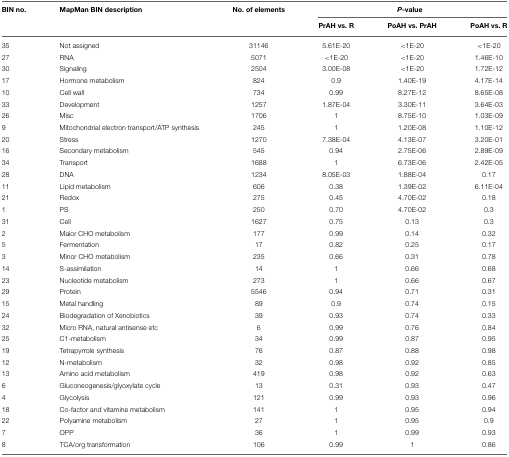
<table><thead><tr><td><b>BIN no.</b></td><td><b>MapMan BIN description</b></td><td><b>No. of elements</b></td><td colspan="3"><b><i>P</i>-value</b></td></tr><tr><td></td><td></td><td></td><td><b>PrAH vs. R</b></td><td><b>PoAH vs. PrAH</b></td><td><b>PoAH vs. R</b></td></tr></thead><tbody><tr><td>35</td><td>Not assigned</td><td>31146</td><td>5.61E-20</td><td>&lt; 1E-20</td><td>&lt; 1E-20</td></tr><tr><td>27</td><td>RNA</td><td>5071</td><td>&lt; 1E-20</td><td>&lt; 1E-20</td><td>1.46E-10</td></tr><tr><td>30</td><td>Signaling</td><td>2504</td><td>3.00E-08</td><td>&lt; 1E-20</td><td>1.72E-12</td></tr><tr><td>17</td><td>Hormone metabolism</td><td>824</td><td>0.9</td><td>1.40E-19</td><td>4.17E-14</td></tr><tr><td>10</td><td>Cell wall</td><td>734</td><td>0.99</td><td>8.27E-12</td><td>8.65E-08</td></tr><tr><td>33</td><td>Development</td><td>1257</td><td>1.87E-04</td><td>3.30E-11</td><td>3.64E-03</td></tr><tr><td>26</td><td>Misc</td><td>1706</td><td>1</td><td>8.75E-10</td><td>1.03E-09</td></tr><tr><td>9</td><td>Mitochondrial electron transport/ATP synthesis</td><td>245</td><td>1</td><td>1.20E-08</td><td>1.10E-12</td></tr><tr><td>20</td><td>Stress</td><td>1270</td><td>7.38E-04</td><td>4.13E-07</td><td>3.20E-01</td></tr><tr><td>16</td><td>Secondary metabolism</td><td>545</td><td>0.94</td><td>2.75E-06</td><td>2.89E-09</td></tr><tr><td>34</td><td>Transport</td><td>1688</td><td>1</td><td>6.73E-06</td><td>2.42E-05</td></tr><tr><td>28</td><td>DNA</td><td>1234</td><td>8.05E-03</td><td>1.88E-04</td><td>0.17</td></tr><tr><td>11</td><td>Lipid metabolism</td><td>606</td><td>0.38</td><td>1.39E-02</td><td>6.11E-04</td></tr><tr><td>21</td><td>Redox</td><td>275</td><td>0.45</td><td>4.70E-02</td><td>0.18</td></tr><tr><td>1</td><td>PS</td><td>250</td><td>0.70</td><td>4.70E-02</td><td>0.3</td></tr><tr><td>31</td><td>Cell</td><td>1627</td><td>0.75</td><td>0.13</td><td>0.3</td></tr><tr><td>2</td><td>Maior CHO metabolism</td><td>177</td><td>0.99</td><td>0.14</td><td>0.32</td></tr><tr><td>5</td><td>Fermentation</td><td>17</td><td>0.82</td><td>0.25</td><td>0.17</td></tr><tr><td>3</td><td>Minor CHO metabolism</td><td>235</td><td>0.66</td><td>0.31</td><td>0.78</td></tr><tr><td>14</td><td>S-assimilation</td><td>14</td><td>1</td><td>0.66</td><td>0.68</td></tr><tr><td>23</td><td>Nucleotide metabolism</td><td>273</td><td>1</td><td>0.66</td><td>0.67</td></tr><tr><td>29</td><td>Protein</td><td>5546</td><td>0.94</td><td>0.71</td><td>0.31</td></tr><tr><td>15</td><td>Metal handling</td><td>89</td><td>0.9</td><td>0.74</td><td>0.15</td></tr><tr><td>24</td><td>Biodegradation of Xenobiotics</td><td>39</td><td>0.93</td><td>0.74</td><td>0.33</td></tr><tr><td>32</td><td>Micro RNA, natural antisense etc</td><td>6</td><td>0.99</td><td>0.76</td><td>0.84</td></tr><tr><td>25</td><td>C1-metabolism</td><td>34</td><td>0.99</td><td>0.87</td><td>0.95</td></tr><tr><td>19</td><td>Tetrapyrrole synthesis</td><td>76</td><td>0.87</td><td>0.88</td><td>0.98</td></tr><tr><td>12</td><td>N-metabolism</td><td>32</td><td>0.98</td><td>0.92</td><td>0.85</td></tr><tr><td>13</td><td>Amino acid metabolism</td><td>419</td><td>0.98</td><td>0.92</td><td>0.63</td></tr><tr><td>6</td><td>Gluconeogenesis/glyoxylate cycle</td><td>13</td><td>0.31</td><td>0.93</td><td>0.47</td></tr><tr><td>4</td><td>Glycolysis</td><td>121</td><td>0.99</td><td>0.93</td><td>0.96</td></tr><tr><td>18</td><td>Co-factor and vitamine metabolism</td><td>141</td><td>1</td><td>0.95</td><td>0.94</td></tr><tr><td>22</td><td>Polyamine metabolism</td><td>27</td><td>1</td><td>0.95</td><td>0.9</td></tr><tr><td>7</td><td>OPP</td><td>36</td><td>1</td><td>0.99</td><td>0.93</td></tr><tr><td>8</td><td>TCA/org transformation</td><td>106</td><td>0.99</td><td>1</td><td>0.86</td></tr></tbody></table>